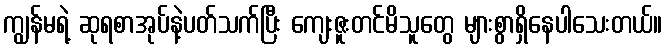
ကျွန်မရဲ့ ဆုရစာအုပ်နဲ့ပတ်သက်ပြီး ကျေးဇူးတင်မိသူတွေ များစွာရှိနေပါသေးတယ်။